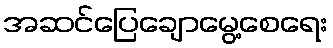
အဆင်ပြေချောမွေ့စေရေး